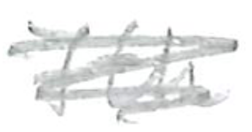
Text: 7th
Cross-out: scratch
Writing tool: pencil